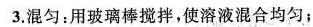
3.混匀：用玻璃棒搅拌，使溶液混合均匀；